Sketch of the medical history of the native army of Bombay, for the year
Year: 1872
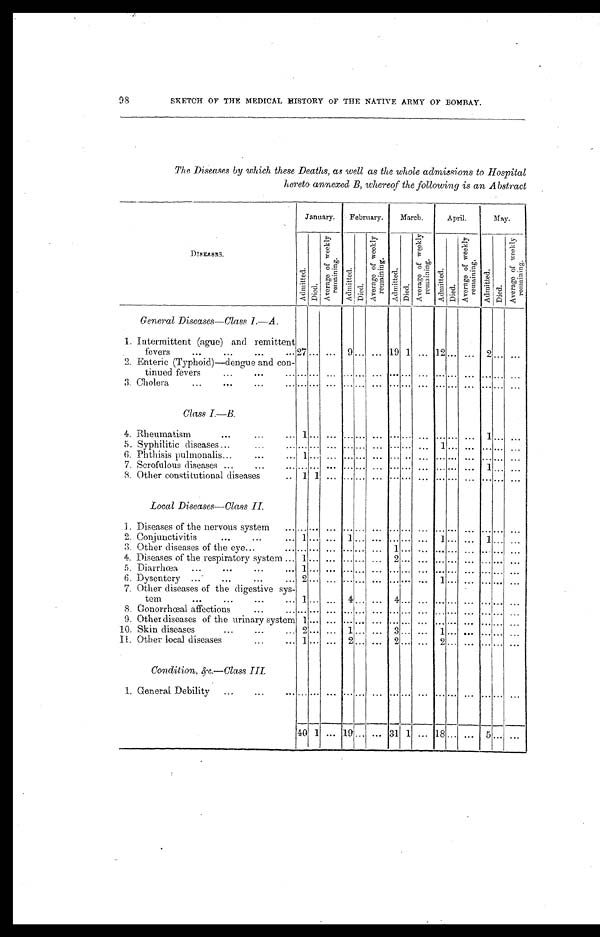
9 8
SKETCH OF THE MEDICAL HISTOTY OF THE NATIVE ARMY OF BOMBAY.
The Diseases by which these Deaths, as well as the whole admissions to Hospital
hereto annexed B, whereof the following is an Abstract
DISEASES.
January.
February.
March.
April.
May.
Ad mi t t e d .
D i e d .
A v e r a g e o f w e e k l y r e m a i n i n g .
A d m i t t e d .
D i e d .
A v e r a g e o f w e e k l y r e m a i n i n g .
A d m i t t e d .
D i e d .
A v e r a g e o f w e e k l y r e m a i n i n g .
Ad mi t t e d . D i e d .
A v e r a g e o f w e e k l y r e m a i n i n g .
A d m i t t e d . D i e d .
A v e r a g e o f w e e k l y r e m a i n i n g .
General Diseases—Class 1.—A.
1. Intermittent (ague) and remittent
fevers
27 . . .
. . .
9
. . . ... 19 1 ... 12
...
...
2 . . .
. . .
2. Enteric (Typhoid)—dengue and con-
tinued fevers
... . . .
. . .
...
. . .
. . .
...
. . .
. . .
... ...
. . . . . . . . . . . .
3. Cholera
... . . .
. . . ...
. . .
. . . ... . . .
. . . ... ...
. . .
. . . . . . . . .
Class I.—B.
4. Rheumatism
1
. . .
. . .
...
. . .
. . .
...
. . .
. . .
... ...
. . . 1 . . . . . .
5. Syphilitic diseases
... . . .
. . .
...
. . .
. . .
...
. . .
. . .
1 ...
. . . . . . . . . . . .
6. Phthisis pulmonalis
1
. . .
. . .
...
. . .
. . .
...
. .
. . .
... ...
. . . . . . . . . . . .
7. Scrofulous diseases
... . . .
. . .
...
. . .
. . .
...
. . .
. . .
... ...
. . . 1 . . . . . .
8. Other constitutional diseases
1 1
. . . ...
. . . . . . ... . . .
. . . ... ...
. . .
. . . . . . . . .
Local Diseases—Class II.
1. Diseases of the nervous system
. . . . . .
. . . ...
. . .
. . . ... . . .
. . . ... ...
. . .
. . . . . .
. . .
2. Conjunctivitis
1 . . .
. . .
1
. . .
. . .
...
. . .
. . .
1 ...
. . . 1 . . .
. . .
3. Other diseases of the eye
. . . . . .
. . . ...
. . .
. . . 1
. . .
. . .
... ...
. . . . . . . . . . . .
4. Diseases of the respiratory system
1 ... ... ... . . . ... 2 ... ... ... ...
. . . . . . . . .
. . .
5. Diarrhœa
1 . . .
. . .
...
. . .
. . . ... . . .
. . .
... ...
. . . . . . . . .
. . .
6. Dysentery
2 . . .
. . .
...
. . .
. . . ... . . .
. . .
1 ...
. . . . . . . . .
. . .
7. Other diseases of the digestive sys-
tem
1 . . .
. . .
4
. . .
. . . 4 . . .
. . .
... ...
. . . . . . . . .
. . .
8. Gonorrhœal affections
. . . . . .
. . . ...
. . .
. . . ... . . .
. . . ... ...
. . . . . . . . . . . .
9. Other diseases of the urinary system 1 ... ... ...
. . . ... ... . . .
. . . ... ...
. . . . . . . . . . . .
10. Skin diseases
2 . . .
. . .
1
. . .
. . . 3 . . .
. . .
1 ...
. . . . . . . . .
. . .
11. Other local diseases
1 . . .
. . .
2
. . .
. . . 2 . . .
. . .
2 ...
. . . . . . . . .
. . .
Condition, &c.—Class III.
1. General Debility
... . . .
. . .
...
. . .
. . .
...
. . .
. . .
...
...
. . .
. . . . . . . . .
40 1 ... 19 . . . ... 31 1
. . .
18 ... ...
5 . . . ...